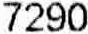
7290